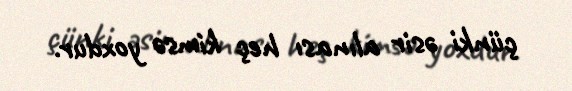
çünki əsir alınası heç kimsə yoxdur.